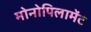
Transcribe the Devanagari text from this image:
मोनोपिलामेंट